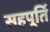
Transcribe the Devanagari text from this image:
सहपूर्ति